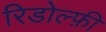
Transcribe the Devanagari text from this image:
रिडोल्फ़ी